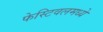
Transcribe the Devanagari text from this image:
फेस्टिवलमध्ये